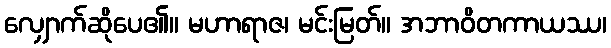
လျှောက်ဆိုပေ၏။ မဟာရာဇ၊ မင်းမြတ်။ အဘာဝိတကာယဿ၊